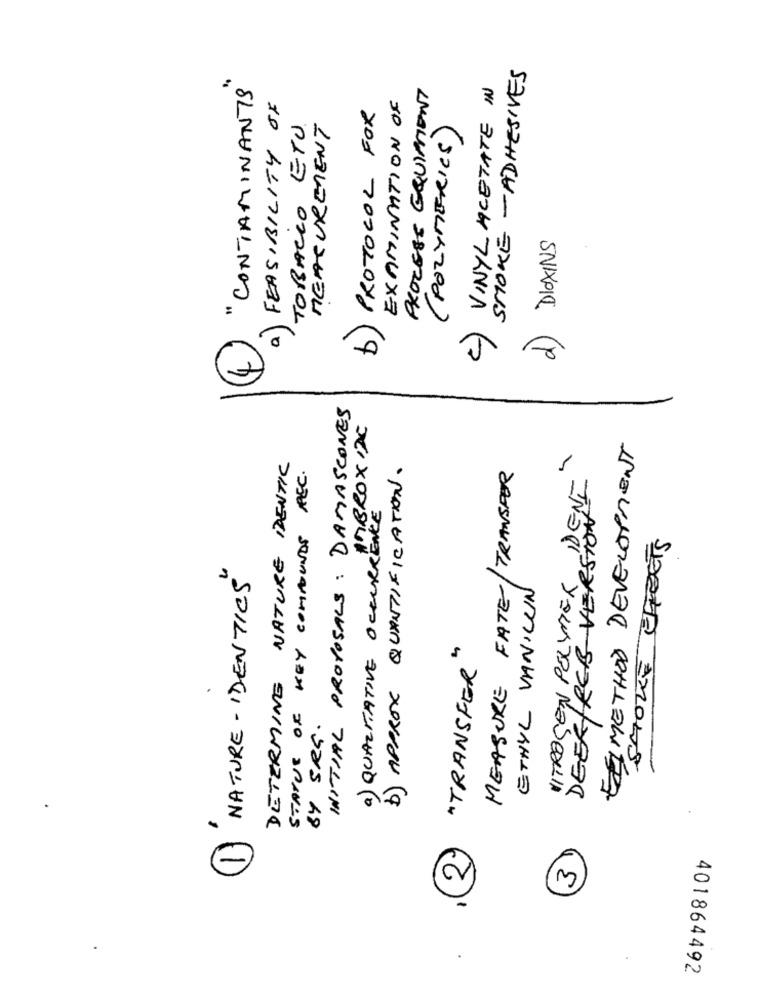
SMOKE - ADHESIVES
" CONTAMINANTS
PROCESS EQUIPMENT
2) VINYL ACETATE IN
EXAMINATION OF
FEASIBILITY OF
PROTOCOL FOR
TOBACCO ETU.
MEASUREMENT
(POLYMERICS)
d) DIOXINS
a)
INITIAL PROPOSALS : DAMASCONES
AMBROX IDC
EEIMETHOD DEVELOPMENT
DETERMINE NATURE IDENTIC
STATUE OF KEY COMPOUNDS REC.
b) APPROX QUANTIFICATION.
MEASURE FATE/TRANSPOR
DENI
a) QUALITATIVE OCCURRENCE
DEER/REB VERSION
STOKE EFFECTS
NATURE - IDENTICS
NITROGEN POLYMER
ETHYL VANICUN
"TRANSFER"
BY SRG.
-
2
3
401864492